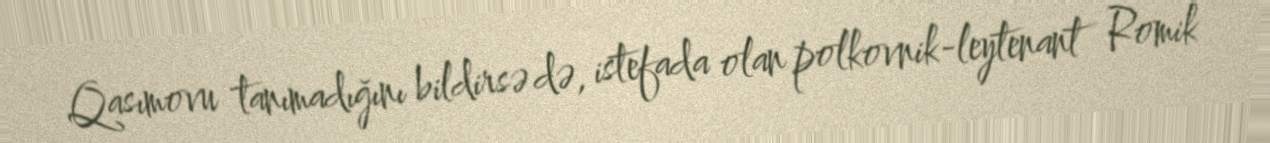
Qasımovu tanımadığını bildirsə də, istefada olan polkovnik-leytenant Romik